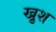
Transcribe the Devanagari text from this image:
खु़श